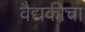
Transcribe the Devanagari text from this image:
वैद्यकीचा